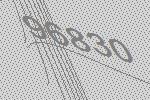
96830